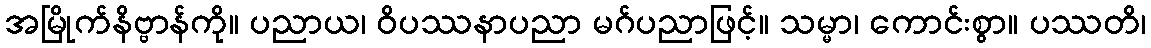
အမြိုက်နိဗ္ဗာန်ကို။ ပညာယ၊ ဝိပဿနာပညာ မဂ်ပညာဖြင့်။ သမ္မာ၊ ကောင်းစွာ။ ပဿတိ၊